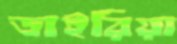
ডাইরিয়া